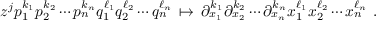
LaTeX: z ^ { j } p _ { 1 } ^ { k _ { 1 } } p _ { 2 } ^ { k _ { 2 } } \cdots p _ { n } ^ { k _ { n } } q _ { 1 } ^ { \ell _ { 1 } } q _ { 2 } ^ { \ell _ { 2 } } \cdots q _ { n } ^ { \ell _ { n } } \, \mapsto \, \partial _ { x _ { 1 } } ^ { k _ { 1 } } \partial _ { x _ { 2 } } ^ { k _ { 2 } } \cdots \partial _ { x _ { n } } ^ { k _ { n } } x _ { 1 } ^ { \ell _ { 1 } } x _ { 2 } ^ { \ell _ { 2 } } \cdots x _ { n } ^ { \ell _ { n } } ~ .